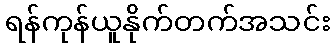
ရန်ကုန်ယူနိုက်တက်အသင်း